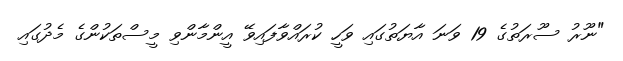
"ނޫރު ސޫރަތުގެ 19 ވަނަ އާޔަތުގައި ވަހީ ކުރައްވާފައިވޭ އީންމާންވި މީސްތަކުންގެ މެދުގައި